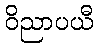
ဝိညာပယီ